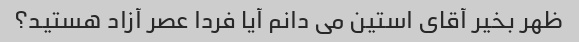
ظهر بخیر آقای استین می دانم آیا فردا عصر آزاد هستید؟